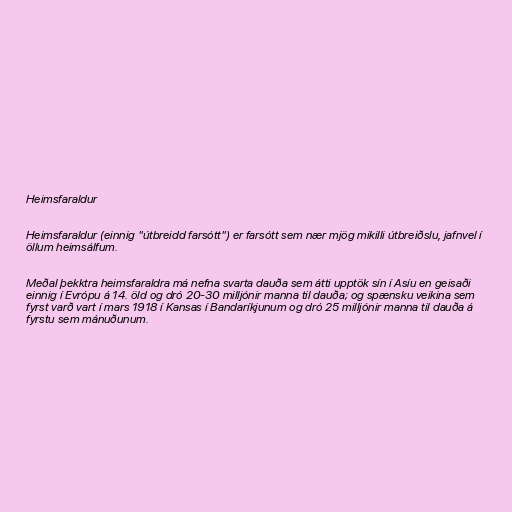
Heimsfaraldur

Heimsfaraldur (einnig "útbreidd farsótt") er farsótt sem nær mjög mikilli útbreiðslu, jafnvel í
öllum heimsálfum.

Meðal þekktra heimsfaraldra má nefna svarta dauða sem átti upptök sín í Asíu en geisaði
einnig í Evrópu á 14. öld og dró 20-30 milljónir manna til dauða; og spænsku veikina sem
fyrst varð vart í mars 1918 í Kansas í Bandaríkjunum og dró 25 milljónir manna til dauða á
fyrstu sem mánuðunum.